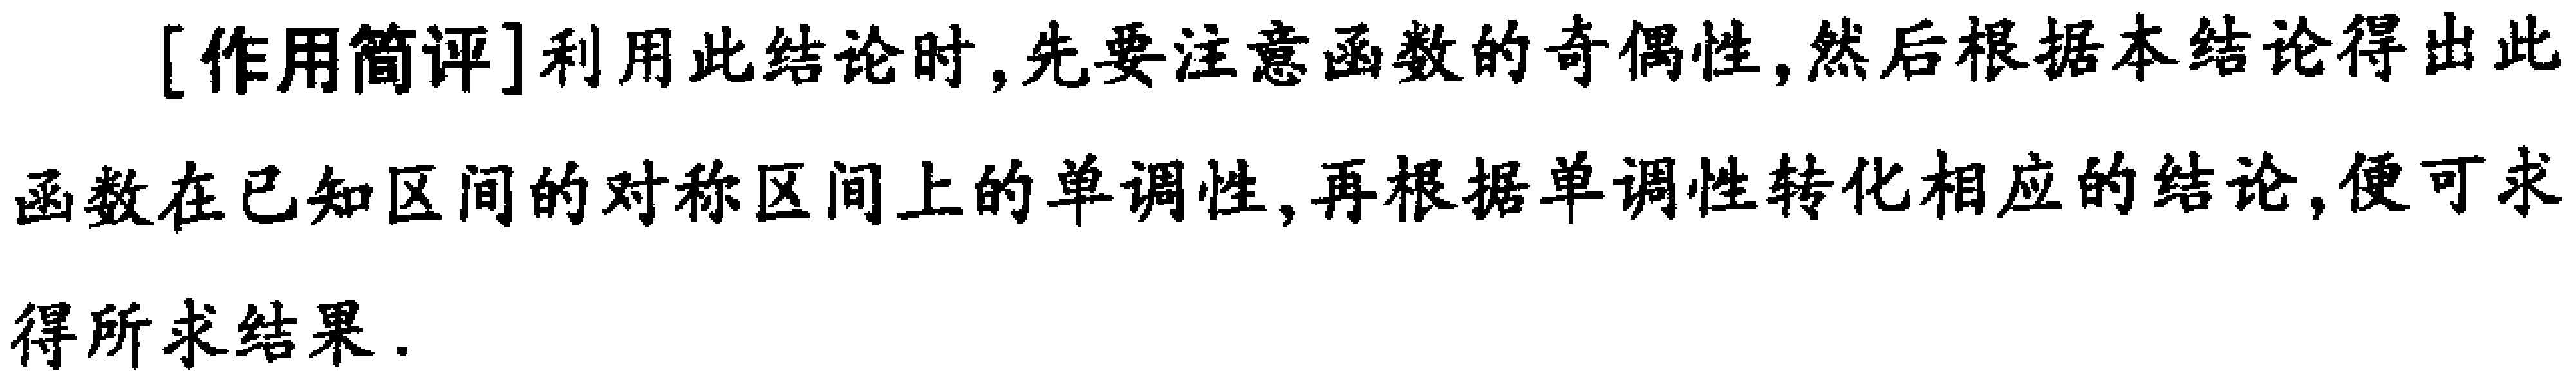
[作用简评]利用此结论时, 先要注意函数的奇偶性, 然后根据本结论得出此函数在已知区间的对称区间上的单调性, 再根据单调性转化相应的结论, 便可求得所求结果.